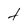
Character: t